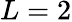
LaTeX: L=2